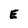
Character: E